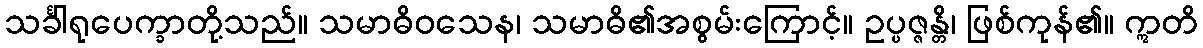
သင်္ခါရုပေက္ခာတို့သည်။ သမာဓိဝသေန၊ သမာဓိ၏အစွမ်းကြောင့်။ ဥပ္ပဇ္ဇန္တိ၊ ဖြစ်ကုန်၏။ ဣတိ